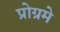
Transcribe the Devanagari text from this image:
प्रोग्रमे